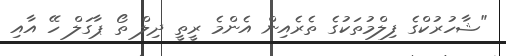
"ޝާހުރުކްގެ ފިލްމުތަކުގެ ތެރެއިން އެންމެ ރީތީ ދިލް ތޯ ޕާގަލް ހޭ އާއި